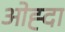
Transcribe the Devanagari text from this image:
ओह्दा